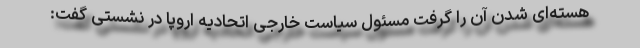
هسته‌ای شدن آن را گرفت مسئول سیاست خارجی اتحادیه اروپا در نشستی گفت: